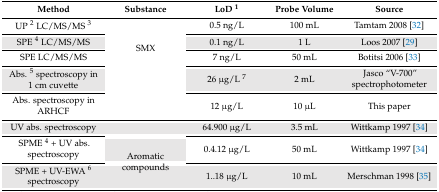
| Method | Substance | LoD 1 | Probe Volume | Source |
 | --- | --- | --- | --- | --- |
 | UP 2 LC/MS/MS 3 | <ROWSPAN=5> SMX | 0.5 ng/L | 100 mL | Tamtam 2008 [32] |
 | SPE 4 LC/MS/MS | 0.1 ng/L | 1 L | Loos 2007 [29] |
 | SPE LC/MS/MS | 7 ng/L | 50 mL | Botitsi 2006 [33] |
 | Abs. 5 spectroscopy in 1 cm cuvette | 26 μg/L 7 | 2 mL | Jasco “V-700” spectrophotometer |
 | Abs. spectroscopy in ARHCF | 12 μg/L | 10 μL | This paper |
 | UV abs. spectroscopy | <ROWSPAN=3> Aromatic compounds | 64.900 μg/L | 3.5 mL | Wittkamp 1997 [34] |
 | SPME 4 + UV abs. spectroscopy | 0.4.12 μg/L | 50 mL | Wittkamp 1997 [34] |
 | SPME + UV-EWA 6 spectroscopy | 1..18 μg/L | 10 mL | Merschman 1998 [35] |